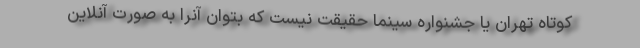
کوتاه تهران یا جشنواره سینما حقیقت نیست که بتوان آنرا به صورت آنلاین